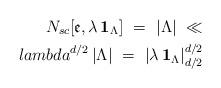
LaTeX: \begin{align*}N_{sc}[\mathfrak{e},\lambda \,\mathbf{1}_{\Lambda }]\ =\ |\Lambda |\ \ll \\lambda ^{d/2}\,|\Lambda |\ =\ |\lambda \,\mathbf{1}_{\Lambda }|_{d/2}^{d/2}\end{align*}